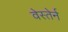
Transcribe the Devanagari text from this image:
वेस्तेर्न